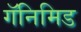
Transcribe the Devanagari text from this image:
गॅनिमिड